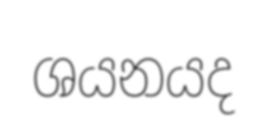
ශයනයද